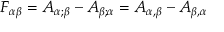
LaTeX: F _ { \alpha \beta } = A _ { \alpha ; \beta } - A _ { \beta ; \alpha } = A _ { \alpha , \beta } - A _ { \beta , \alpha }